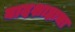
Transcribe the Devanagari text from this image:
बादशाहाचा